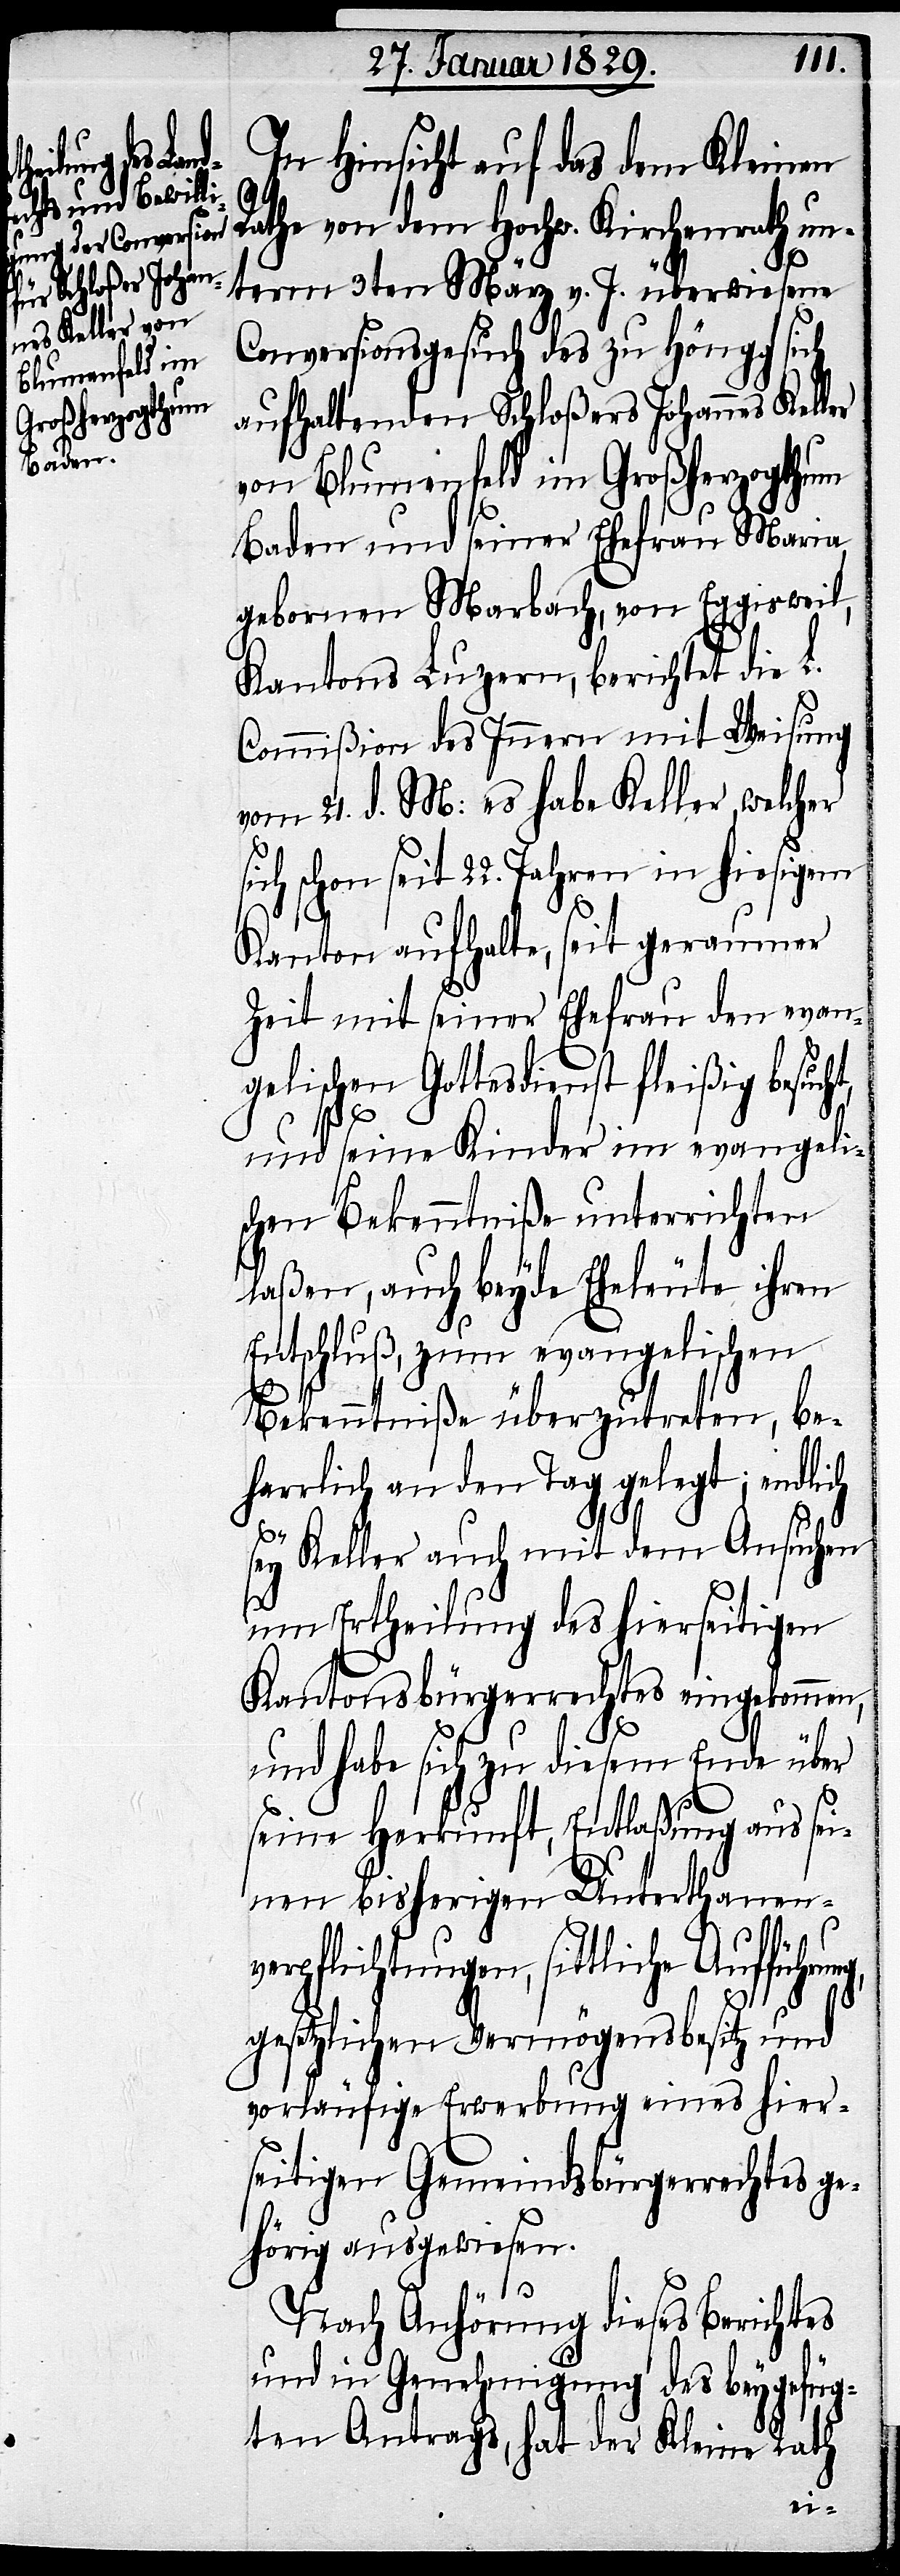
In Hinsicht auf das dem Kleinen
Rathe von dem Hochw. Kirchenrath un¬
term 3ten März v. J. überwiesene
Conversionsgesuch des zu Höngg sich
aufhaltenden Schloßer Johannes Keller
von Blumenfeld im Großherzogthum
Baden und seiner Ehefrau Maria
gebornen Marbach, von Eggisweil,
Kantons Luzern, berichtet die L.
Commißion des Innern mit Weisung
vom 21. d. M: es habe Keller, welcher
sich schon seit 22. Jahren in hiesigem
Kanton aufhalte, seit geraumer
Zeit mit seiner Ehefrau den evan¬
gelischen Gottesdienst fleißig besucht,
und seine Kinder im evangeli¬
schen Bekenntniße unterrichten
laßen, auch beyde Eheleute ihren
Entschluß, zum evangelischen
Bekenntniße überzutreten, be¬
harrlich an den Tag gelegt; endli¬
ng,
sey Keller auch mit dem Ansuchen
um Ertheilung des hierseitigen
Kantonsbürgerrechtes eingekommen,
und habe sich zu diesem Ende über
seine Herkunft, Entlaßung aus se¬
inen bisherigen Unterthanen¬
verpflichtungen, sittliche Aufführu¬
gesetzlichen Vermögensbesitz und
vorläufige Erwerbung eines hier¬
seitigen Gemeindsbürgerrechtes ge¬
hörig ausgewiesen.
Nach Anhörung dieses Berichtes
und in Genehmigung des beygefüg¬
ten Antrags, hat der Kleine Rath